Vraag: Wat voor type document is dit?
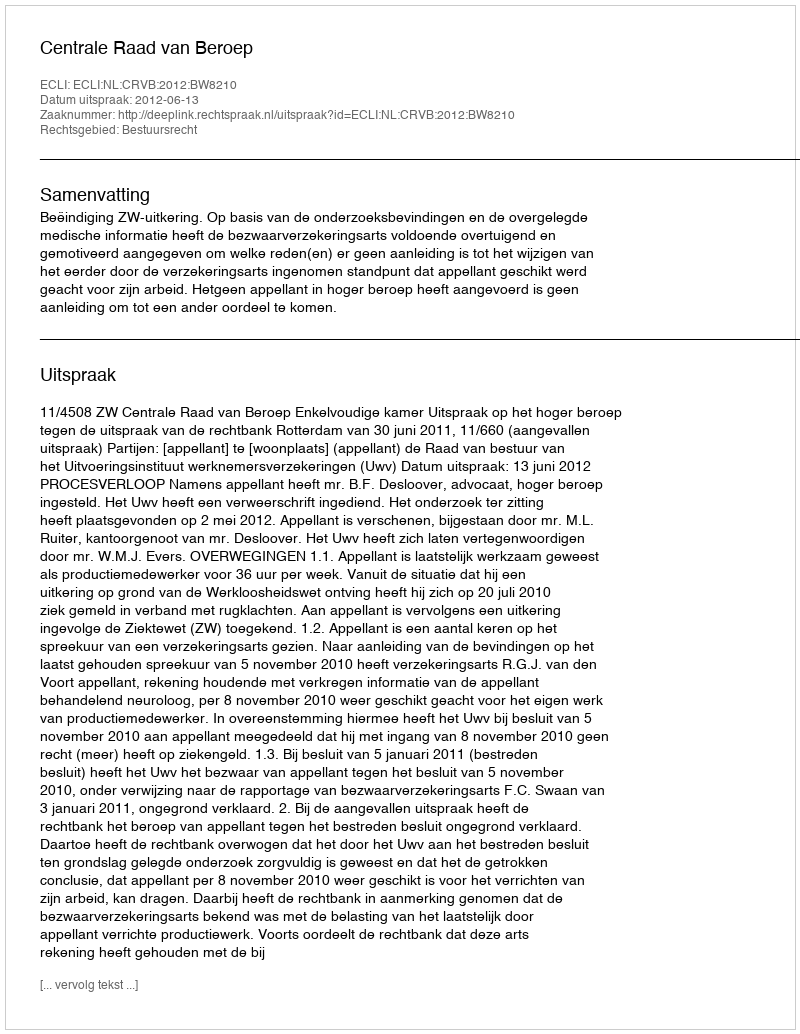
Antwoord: Uitspraak